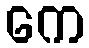
ကေ